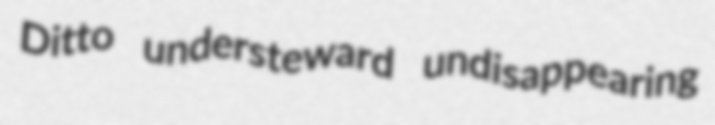
Ditto understeward undisappearing